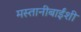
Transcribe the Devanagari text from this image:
मस्तानीबाईंशी